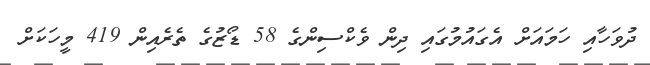
ދުވަހާއި ހަމައަށް އެގައުމުގައި ދިން ވެކްސިންގެ 58 ޑޯޒުގެ ތެރެއިން 419 މީހަކަށް